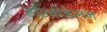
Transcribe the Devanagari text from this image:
डॉल्वीडेलन